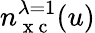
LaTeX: n_{\mathrm{~x~c~}}^{\lambda=1}(u)